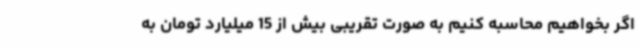
اگر بخواهیم محاسبه کنیم به صورت تقریبی بیش از 15 میلیارد تومان به